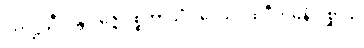
ဂဟဋ္ဌသီလန္တိ ဒဇ္ဇေ ပစ္စဘာသိံ ပဒေသပထဝီကမ္ပနံ ပုစ္ဆာသု